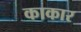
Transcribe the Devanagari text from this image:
काकार